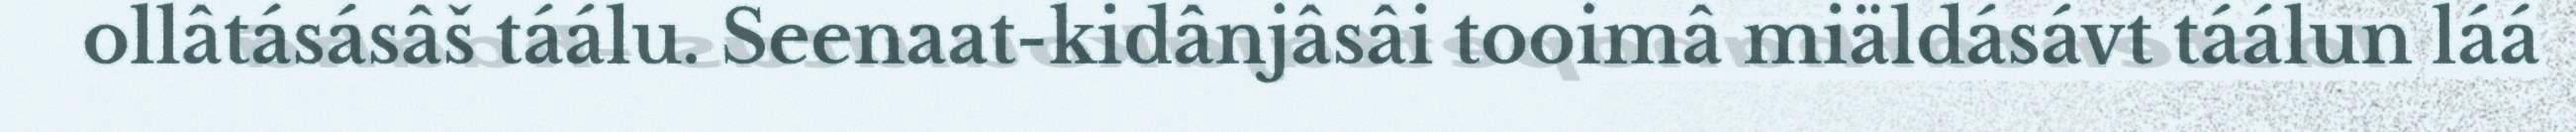
ollâtásásâš táálu. Seenaat-kidânjâsâi tooimâ miäldásávt táálun láá